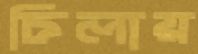
চিলায়